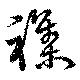
雑